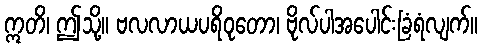
ဣတိ၊ ဤသို့။ ဗလလာယပရိဝုတော၊ ဗိုလ်ပါအပေါင်းခြံရံလျက်။